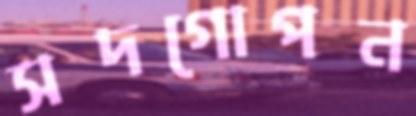
সদগোপন